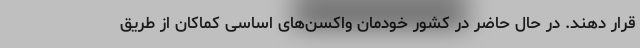
قرار دهند. در حال حاضر در کشور خودمان واکسن‌های اساسی کماکان از طریق